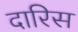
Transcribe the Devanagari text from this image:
दारिस